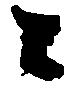
々